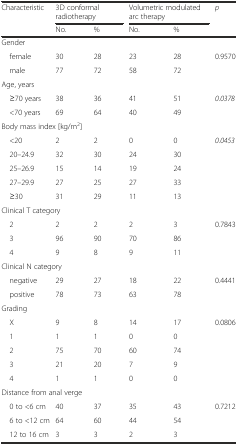
<table><thead><tr><td rowspan="2"><b>Characteristic</b></td><td colspan="2"><b>3D conformal radiotherapy</b></td><td colspan="2"><b>Volumetric modulated arc therapy</b></td><td rowspan="2"><b><i>p</i></b></td></tr><tr><td><b>No.</b></td><td><b>%</b></td><td><b>No.</b></td><td><b>%</b></td></tr></thead><tbody><tr><td colspan="6">Gender</td></tr><tr><td> female</td><td>30</td><td>28</td><td>23</td><td>28</td><td rowspan="2">0.9570</td></tr><tr><td> male</td><td>77</td><td>72</td><td>58</td><td>72</td></tr><tr><td colspan="6">Age, years</td></tr><tr><td> ≥70 years</td><td>38</td><td>36</td><td>41</td><td>51</td><td rowspan="2"><i>0.0378</i></td></tr><tr><td> &lt;70 years</td><td>69</td><td>64</td><td>40</td><td>49</td></tr><tr><td colspan="6">Body mass index [kg/m<sup>2</sup>]</td></tr><tr><td> &lt;20</td><td>2</td><td>2</td><td>0</td><td>0</td><td><i>0.0453</i></td></tr><tr><td> 20–24.9</td><td>32</td><td>30</td><td>24</td><td>30</td><td rowspan="4"></td></tr><tr><td> 25–26.9</td><td>15</td><td>14</td><td>19</td><td>24</td></tr><tr><td> 27–29.9</td><td>27</td><td>25</td><td>27</td><td>33</td></tr><tr><td> ≥30</td><td>31</td><td>29</td><td>11</td><td>13</td></tr><tr><td colspan="6">Clinical T category</td></tr><tr><td> 2</td><td>2</td><td>2</td><td>2</td><td>3</td><td rowspan="3">0.7843</td></tr><tr><td> 3</td><td>96</td><td>90</td><td>70</td><td>86</td></tr><tr><td> 4</td><td>9</td><td>8</td><td>9</td><td>11</td></tr><tr><td colspan="6">Clinical N category</td></tr><tr><td> negative</td><td>29</td><td>27</td><td>18</td><td>22</td><td rowspan="2">0.4441</td></tr><tr><td> positive</td><td>78</td><td>73</td><td>63</td><td>78</td></tr><tr><td colspan="6">Grading</td></tr><tr><td> X</td><td>9</td><td>8</td><td>14</td><td>17</td><td rowspan="5">0.0806</td></tr><tr><td> 1</td><td>1</td><td>1</td><td>0</td><td>0</td></tr><tr><td> 2</td><td>75</td><td>70</td><td>60</td><td>74</td></tr><tr><td> 3</td><td>21</td><td>20</td><td>7</td><td>9</td></tr><tr><td> 4</td><td>1</td><td>1</td><td>0</td><td>0</td></tr><tr><td colspan="6">Distance from anal verge</td></tr><tr><td> 0 to &lt;6 cm</td><td>40</td><td>37</td><td>35</td><td>43</td><td rowspan="3">0.7212</td></tr><tr><td> 6 to &lt;12 cm</td><td>64</td><td>60</td><td>44</td><td>54</td></tr><tr><td> 12 to 16 cm</td><td>3</td><td>3</td><td>2</td><td>3</td></tr></tbody></table>